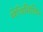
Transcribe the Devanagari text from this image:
मेथिसिलिन